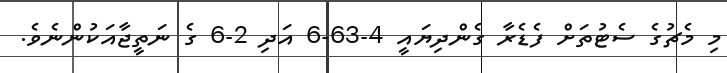
މި މެޗުގެ ސެޓުތަށް ފެޑެރާ ގެންދިޔައީ 4-63-6 އަދި 2-6 ގެ ނަތީޖާއަކުންނެވެ.